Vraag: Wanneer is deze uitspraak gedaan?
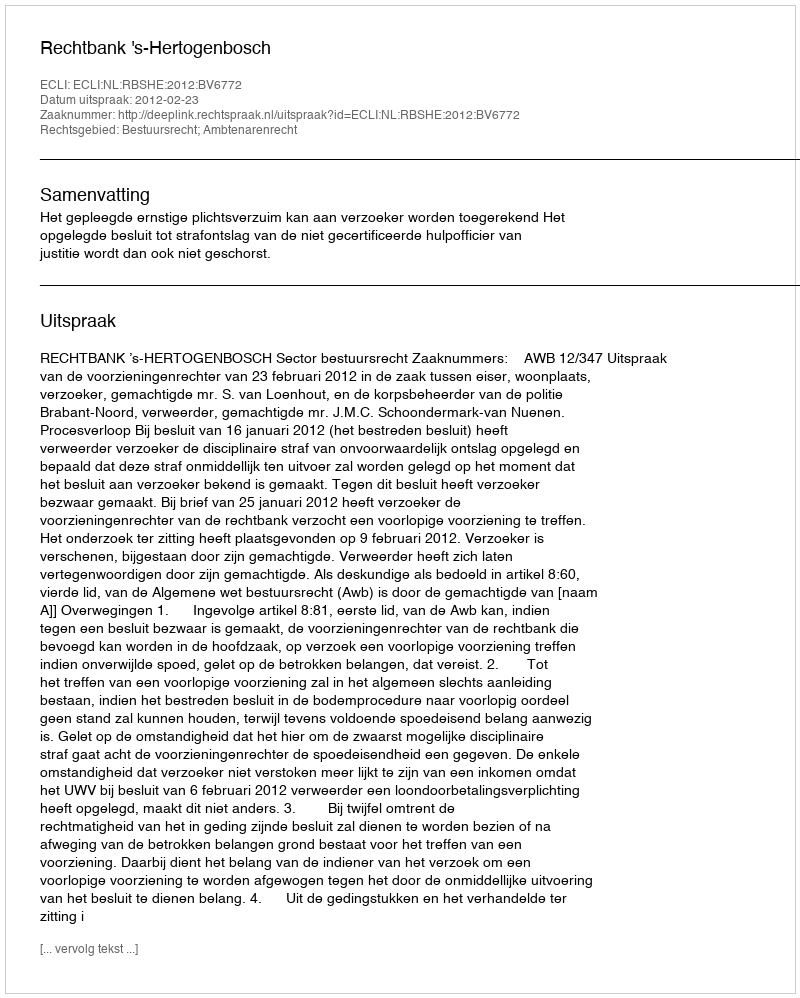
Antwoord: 2012-02-23